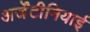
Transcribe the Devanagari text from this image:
अर्जेंटीनियाई